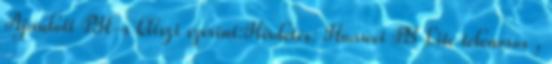
Ajánlott PH-s kliszi szerint:Hirdetés: Huawei P8 Lite telenoros ,